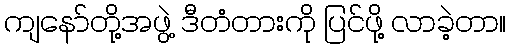
ကျနော်တို့အဖွဲ့ ဒီတံတားကို ပြင်ဖို့ လာခဲ့တာ။